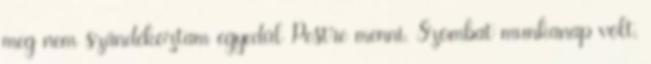
meg nem szándékoztam egyedül Pestre menni. Szombat munkanap volt,